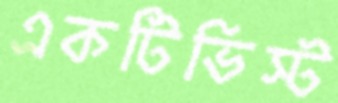
একটিভিস্ট